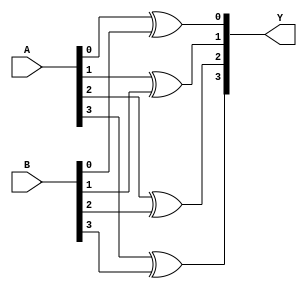
module Xor_Verilog_P (A, B, Y);
    
     parameter N = 4;
       input [N-1:0] A;
       input [N-1:0] B;
       output [N-1:0] Y;
       
       genvar i;
       generate for(i = 0; i < N; i = i + 1) 
       begin:r_loop
           xor g1(Y[i], A[i], B[i]);
       end
       endgenerate
    
endmodule